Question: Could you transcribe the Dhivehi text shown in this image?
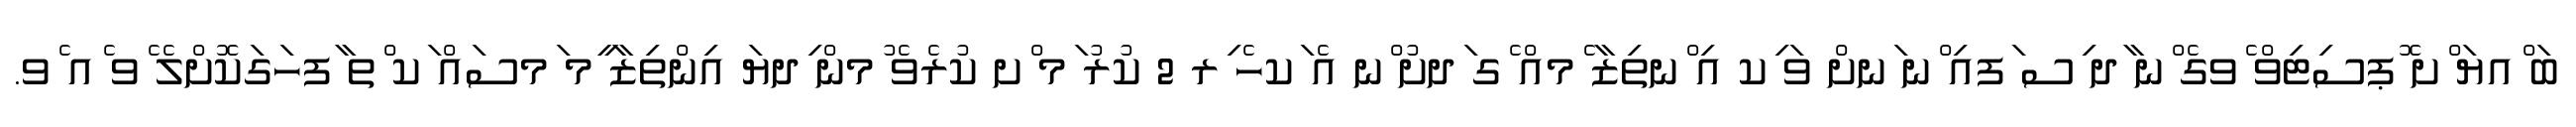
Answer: ބަ ްއޔަ ްށ ޮޕސިޓިވް ެވގެ ްނ ާދ ިސ ަފއި ްނ ަނށް ވަ ިކ އި ްނތިޒާ ެމއް ެގ ަދށު ްނ އެ ަކހެ ިރ 2 ކުރު ަމ ްށ ކުރެވެ ުމން ިދޔަ އިންތިޒާ ީމ ަމސައް ަކ ްތ ާފހަގަކޮށްލެ ެވ ެއ ެވ.